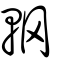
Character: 輞